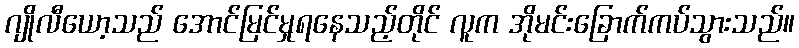
ဂျိုလီယော့သည် အောင်မြင်မှုရနေသည့်တိုင် လူက အိုမင်းခြောက်ကပ်သွားသည်။